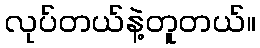
လုပ်တယ်နဲ့တူတယ်။